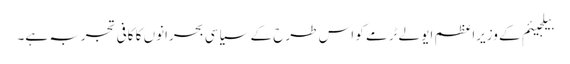
بیلجیئم کے وزیراعظم ایو لےٹرمے کو اس طرح کے سیاسی بحرانوں کا کافی تجربہ ہے۔